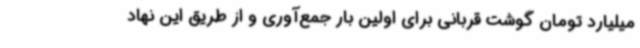
میلیارد تومان گوشت قربانی برای اولین بار جمع‌آوری و از طریق این نهاد